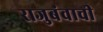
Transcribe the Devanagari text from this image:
राजुबंवाची